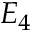
E _ { 4 }